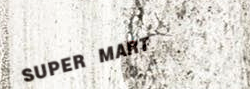
SUPER MART